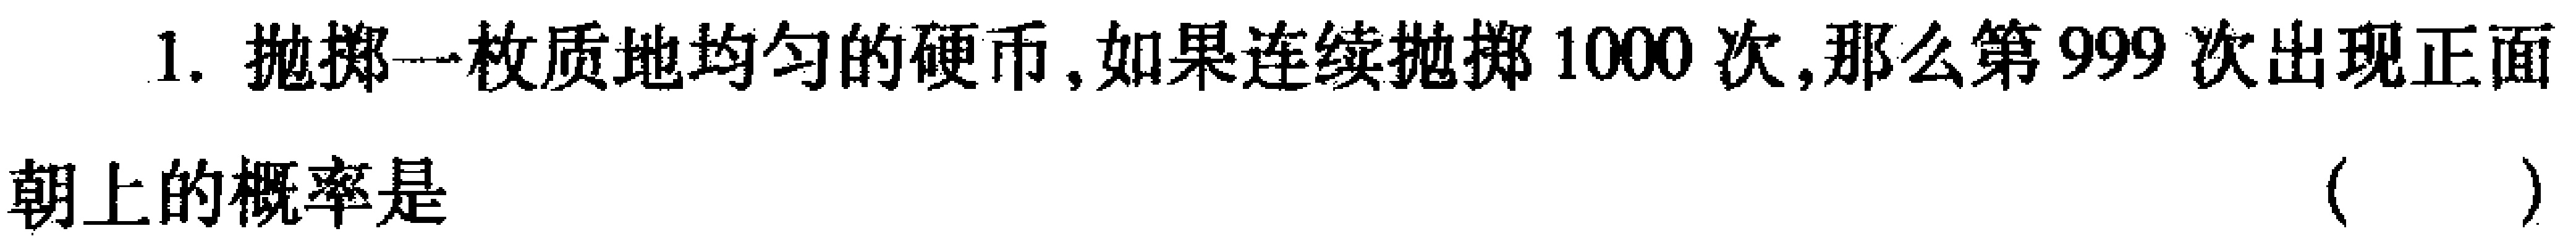
1. 抛掷一枚质地均匀的硬币，如果连续抛掷1000次,那么第999次出现正面

朝上的概率是 （  ）